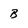
Character: B